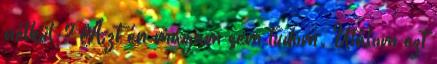
nélkül ? Azt én magam sem tudom. Utálom ezt